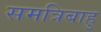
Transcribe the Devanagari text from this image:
समत्रिबाहु